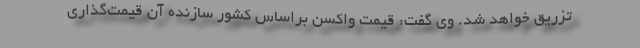
تزریق خواهد شد. وی گفت: قیمت واکسن براساس کشور سازنده آن قیمت‌گذاری